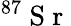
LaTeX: ^{87}\mathrm{~S~r~}